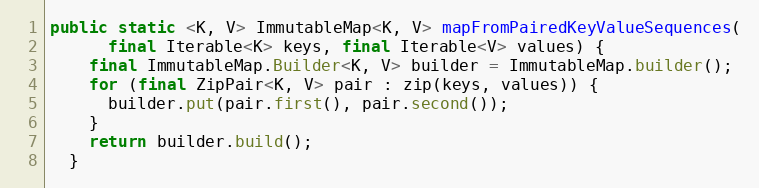
Language: Java
public static <K, V> ImmutableMap<K, V> mapFromPairedKeyValueSequences(
      final Iterable<K> keys, final Iterable<V> values) {
    final ImmutableMap.Builder<K, V> builder = ImmutableMap.builder();
    for (final ZipPair<K, V> pair : zip(keys, values)) {
      builder.put(pair.first(), pair.second());
    }
    return builder.build();
  }